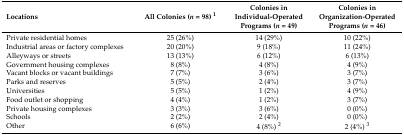
| Locations | All Colonies (n = 98) 1 | Colonies in Individual-Operated Programs (n = 49) | Colonies in Organization-Operated Programs (n = 46) |
 | --- | --- | --- | --- |
 | Private residential homes | 25 (26%) | 14 (29%) | 10 (22%) |
 | Industrial areas or factory complexes | 20 (20%) | 9 (18%) | 11 (24%) |
 | Alleyways or streets | 13 (13%) | 6 (12%) | 6 (13%) |
 | Government housing complexes | 8 (8%) | 4 (8%) | 4 (9%) |
 | Vacant blocks or vacant buildings | 7 (7%) | 3 (6%) | 3 (7%) |
 | Parks and reserves | 5 (5%) | 2 (4%) | 3 (7%) |
 | Universities | 5 (5%) | 1 (2%) | 4 (9%) |
 | Food outlet or shopping | 4 (4%) | 1 (2%) | 3 (7%) |
 | Private housing complexes | 3 (3%) | 3 (6%) | 0 (0%) |
 | Schools | 2 (2%) | 2 (4%) | 0 (0%) |
 | Other | 6 (6%) | 4 (8%) 2 | 2 (4%) 3 |